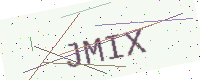
Text: JMIX